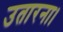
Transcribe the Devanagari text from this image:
उतारना।